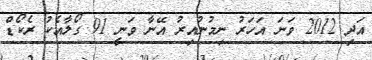
އަދި 2012 ވަނަ އަހަރު ނިމުނުއިރު އޭނާ ވަނީ 91 ގޯލާއެކު ރެކޯޑް